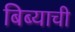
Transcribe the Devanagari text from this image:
बिब्याची